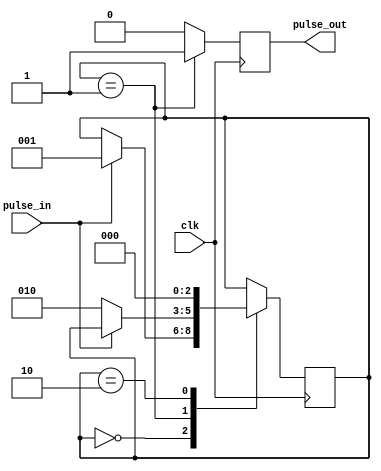
module pulse_synchronizer (
    input pulse_in,
    input clk,
    output reg pulse_out
);

reg [2:0] state;

always @(posedge clk) begin
    case (state)
        0: begin
            if (pulse_in) begin
                state <= 1;
            end
        end
        1: begin
            if (!pulse_in) begin
                state <= 2;
            end
        end
        2: begin
            state <= 0;
        end
    endcase
end

always @(posedge clk) begin
    if (state == 1) begin
        pulse_out <= 1;
    end else begin
        pulse_out <= 0;
    end
end

endmodule